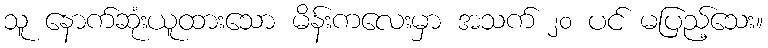
သူ နောက်ဆုံးယူထားသော မိန်းကလေးမှာ အသက် ၂၀ ပင် မပြည့်သေး။